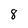
Character: 8